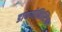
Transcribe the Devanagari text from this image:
डायगोनिस्टिक्‍स